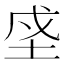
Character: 𡋊